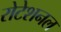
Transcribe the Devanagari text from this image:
रोटेशनल